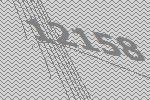
12158